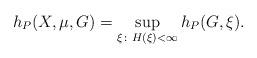
LaTeX: \begin{align*}h_P(X, \mu, G) = \sup_{\xi \colon H(\xi) < \infty} h_P(G, \xi).\end{align*}